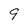
Character: 9